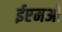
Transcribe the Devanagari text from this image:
ईएमओ